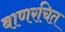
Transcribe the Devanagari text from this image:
बाणरचित